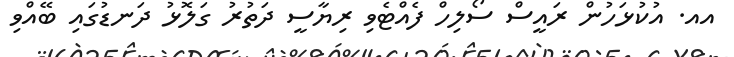
އއ. އުކުޅަހުން ރައީސް ސޯލިހް ފެއްޓެވި ރިޔާސީ ދަތުރު ގަލޮޅު ދަނޑުގައި ބޭއްވި